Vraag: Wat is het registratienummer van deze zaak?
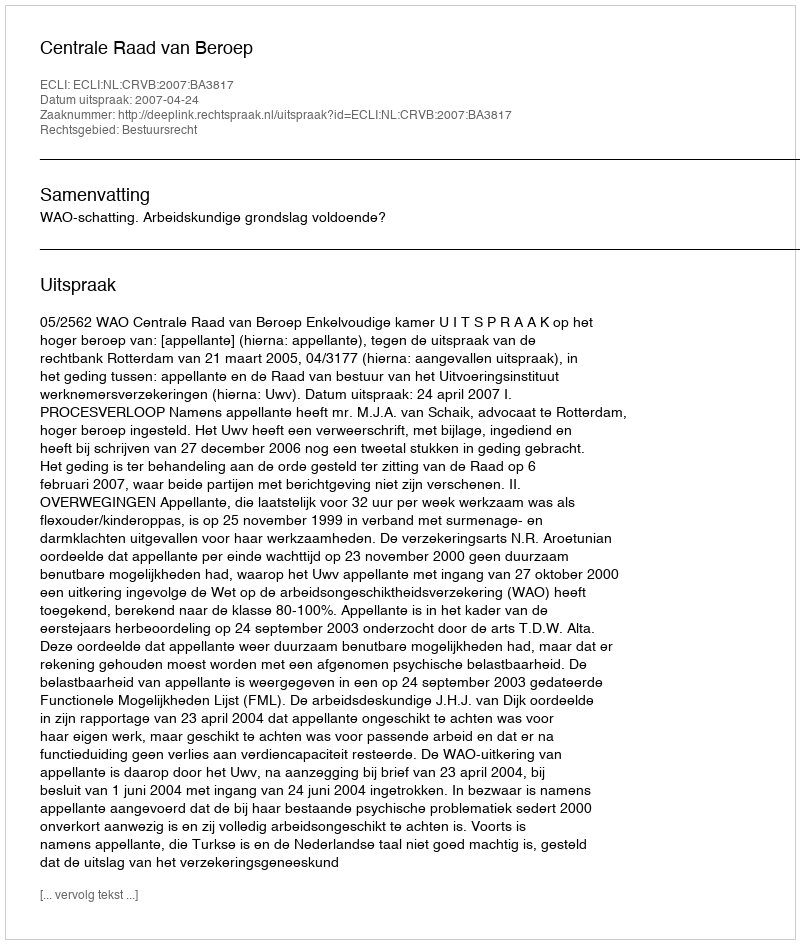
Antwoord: http://deeplink.rechtspraak.nl/uitspraak?id=ECLI:NL:CRVB:2007:BA3817